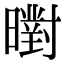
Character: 㬣